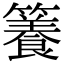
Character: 𥶑